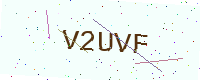
Text: V2UVF